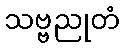
သဗ္ဗညုတံ